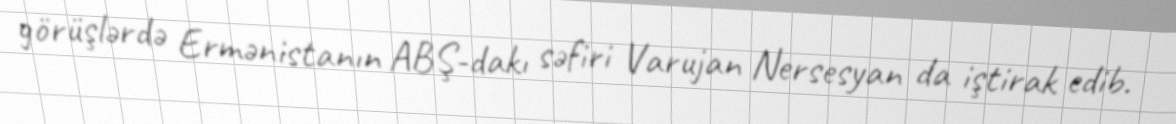
görüşlərdə Ermənistanın ABŞ-dakı səfiri Varujan Nersesyan da iştirak edib.